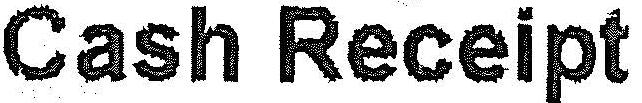
CASH RECEIPT